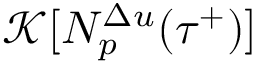
\mathcal { K } [ N _ { p } ^ { \Delta u } ( { \tau } ^ { + } ) ]